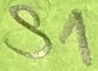
Text: S1